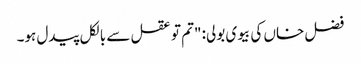
فضل خاں کی بیوی بولی: "تم تو عقل سے بالکل پیدل ہو۔